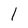
Character: 1